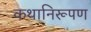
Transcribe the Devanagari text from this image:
कथानिरूपण